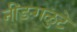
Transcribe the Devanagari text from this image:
नींङगळुटे